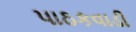
પાઠકવાડી